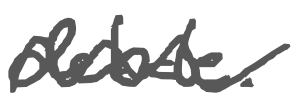
Text: debate.
Cross-out: wave
Writing tool: digital_gray